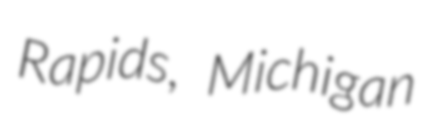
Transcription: Rapids, Michigan